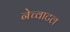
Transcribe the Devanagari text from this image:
नेच्वाटल